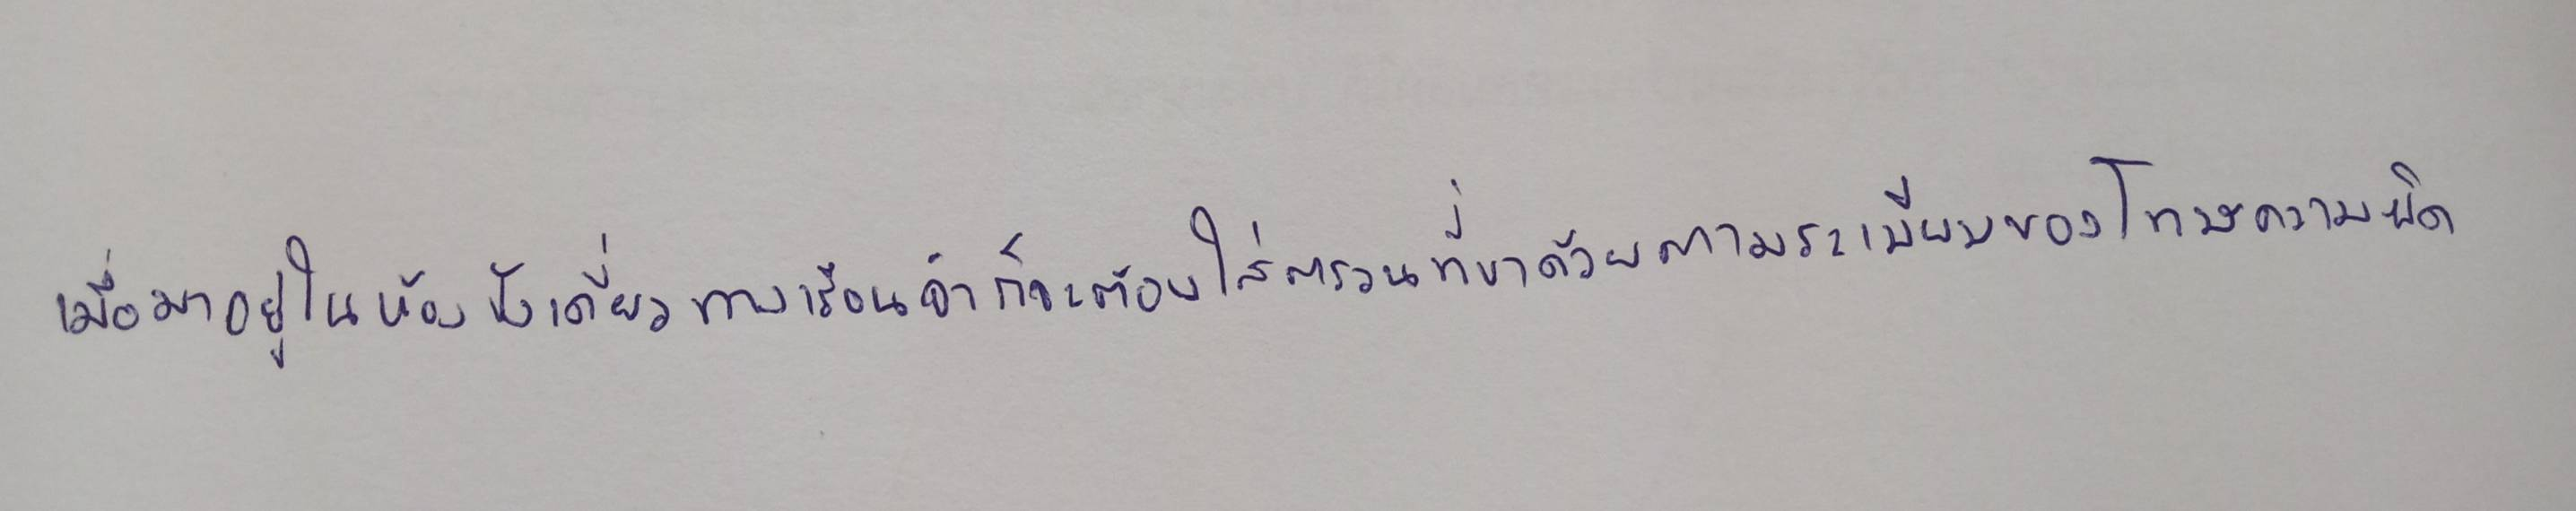
เมื่อมาอยู่ในห้องขังเดี่ยวทางเรือนจำก็จะต้องใส่ตรวนที่ขาด้วยตามระเบียบของโทษความผิด